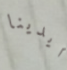
ايدينا